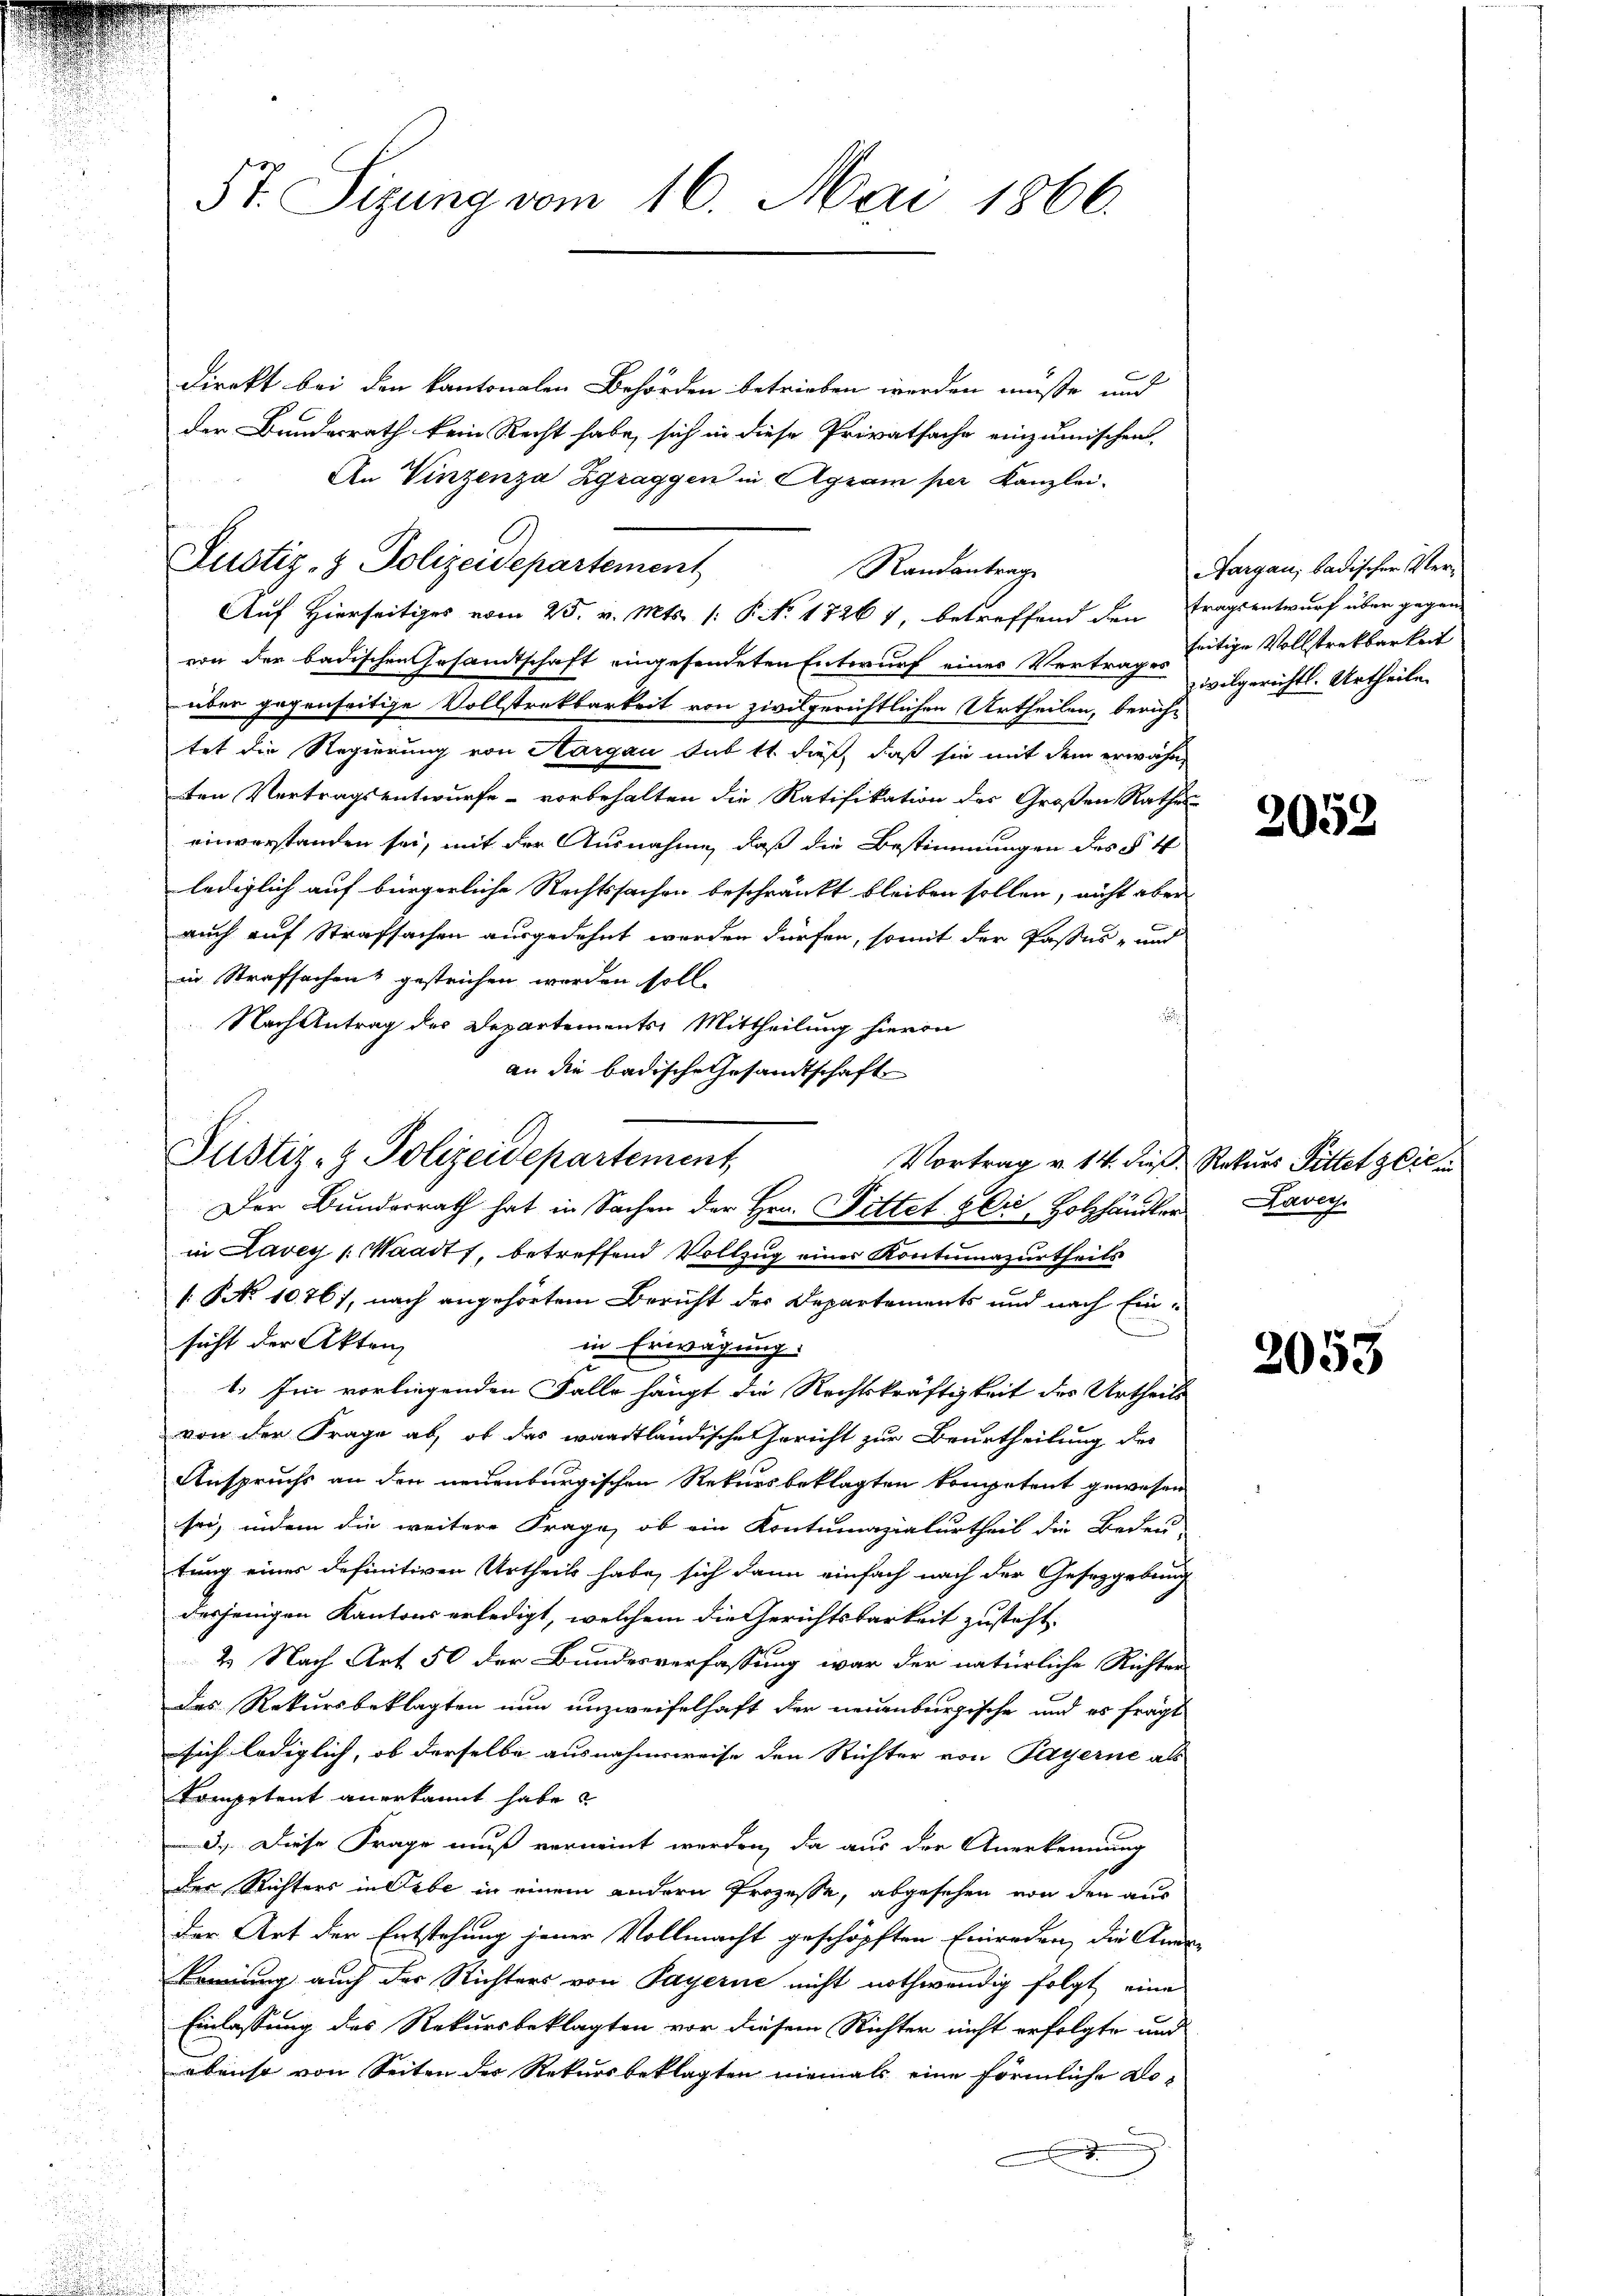
5t. Sizung vom 16. Mai 1866.

direkt bei den kantonalen Behörden betrieben werden müsse und
der Bundesrath kein Recht habe, sich in diese Privatsache einzumischen
An Vinzenza Zgraggen in Agram per Kanzlei¬
Justiz- & Polizeidepartement
Auf Hierseitiges vom 25. v. Mts. (: P. Nr. 1726 7, betreffend den tragsentwurf über gegen-
von der badischen Gesandtschaft eingesendeten Entwurf eines Vertrages vilgerichtl. Urtheile
über gegenseitige Vollstreckbarkeit von zivilgerichtlichen Urtheilen, berühtet die Regierung von Hargau sub 11. dieß, daß sie mit dem erwähnten Vertragsentwurfe - vorbehalten die Ratifikation des Großen Rathes
einverstanden sei, mit der Ausnahme, daß die Bestimmungen des § 4
lediglich auf bürgerliche Rechtssachen beschränkt bleiben sollen, nicht aber
auch auf Strafsachen ausgedehnt werden dürfen, somit der Passes- und
in Strafsachen gestrichen werden soll.
Nach Antrag des Departements Mittheilung hierin
an die badische Gesandtschaft
Vortrag v. 14. dieß Rekurs Pittet seien
Der Bunderrath hat in Sachen der Hrn. Fittet sei, Holzhändler
in Lavey /: Waadt, betreffend Vollzug einer Kontumazurtheils
[: No 1076), nach angehörtem Bericht des Departements und nach Ein-
n
sicht der Akten
in Erwägung:
1. Im vorliegenden Falle hängt die Rechtskräftigkeit des Urtheils
von der Frage ab, ob das waadtländische Gericht zur Beurtheilung des
Anspruchs an den neuenburgischen Rekursbeklagten kompetent gewesen
sei, indem die weitere Frage, ob ein Kontumazialurtheil die Bedeu-
tung eines definitiven Urtheils habe, sich dann einfach nach der Gesetzgebung
derjenigen Kantons erledigt, welchem die Gerichtsbarkeit zusteht.
2. Nach Art 50 der Bundesverfassung war der natürliche Richter
des Rekursbeklagten nun unzweifelhaft der neuenburgische und es fragt
sich lediglich, ob derselbe ausnahmsweise den Richter von Payerne als
Kompetent anerkannt habe.
3.) Diese Frage muß verneint werden, da aus der Anerkennung
der Richters in Lebe in einem andern Prozesse, abgesehen von den aus
Der Art der Entstehung jener Vollmacht geschöpften Einreden, die Andekomung auch der Richters von Payerne nicht nothwendig folgt, eine
Einlassung des Rekursbeklagten vor diesem Richter nicht erfolgte und
abenso von Seiten des Rekursbeklagten niemals eine förmliche Do¬

Justiz- & Polizeidepartement,

Randantrag

Aargau, badischer Verseitige Vollstreckbarkeit

2052

Lavers

2053